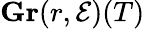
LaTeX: \mathbf{Gr}(r,{\mathcal{E}})(T)